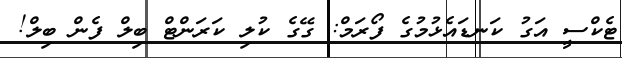
ޓެކްސީ އަގު ކަނޑައެޅުމުގެ ފޯރަމް: ގޭގެ ކުލި ކަރަންޓް ބިލް ފެން ބިލް!